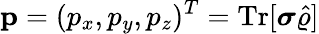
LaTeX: {\mathbf p}=(p_{x},p_{y},p_{z})^{T}=\mathrm{Tr}[\boldsymbol{\sigma}\hat{\varrho}]